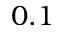
0 . 1